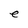
Character: e